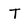
Character: T